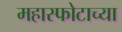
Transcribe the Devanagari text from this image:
महास्फोटाच्या